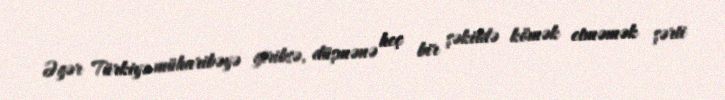
Əgər Türkiyə müharibəyə giribsə, düşmənə heç bir şəkildə kömək etməmək şərti